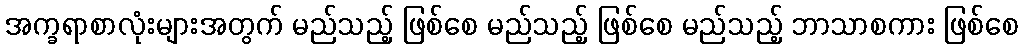
အက္ခရာစာလုံးများအတွက် မည်သည့် ဖြစ်စေ မည်သည့် ဖြစ်စေ မည်သည့် ဘာသာစကား ဖြစ်စေ